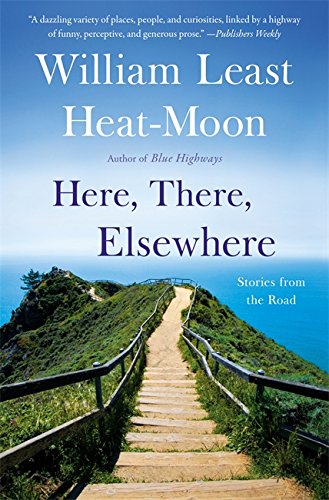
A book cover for Here, There, Elsewhere: Stories from the Road; William Least Heat-Moon; Travel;